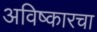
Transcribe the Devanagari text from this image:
अविष्कारचा